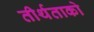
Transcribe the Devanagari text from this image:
तीर्थताको